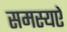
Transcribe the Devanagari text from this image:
समस्यऐ